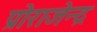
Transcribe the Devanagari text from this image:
प्रोराजेन्द्र